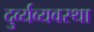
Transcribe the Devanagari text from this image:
दुर्व्यव्यवस्था